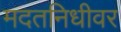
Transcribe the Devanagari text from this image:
मदतनिधीवर